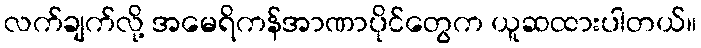
လက်ချက်လို့ အမေရိကန်အာဏာပိုင်တွေက ယူဆထားပါတယ်။